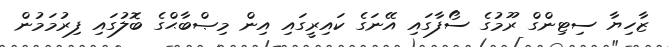
ޒާހިޔާ ސިޓިންގް ރޫމުގެ ސޯފާގައި އޭނަގެ ކައިރީގައި އިން މިޞްބާޙްގެ ބޮލުގައި ފިރުމަމުން